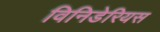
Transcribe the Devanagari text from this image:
विनिडेरियस